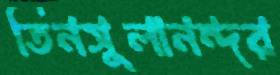
তিনসুলানন্দর